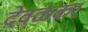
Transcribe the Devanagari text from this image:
देवळकर